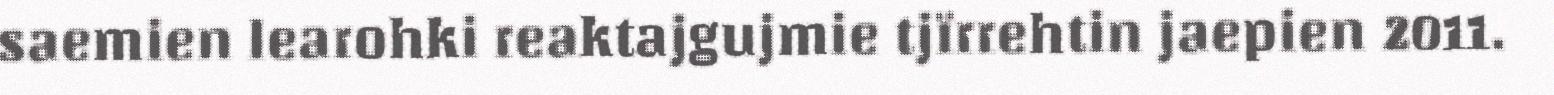
saemien learohki reaktajgujmie tjïrrehtin jaepien 2011.